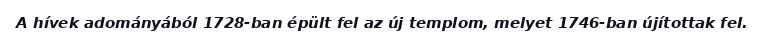
A hívek adományából 1728-ban épült fel az új templom, melyet 1746-ban újítottak fel.